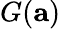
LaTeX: G(\mathbf{a})